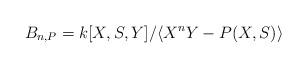
LaTeX: \begin{align*}B_{n,P}=k[X,S,Y]/\langle X^{n}Y-P(X,S)\rangle\end{align*}